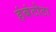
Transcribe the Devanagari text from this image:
हंबंटोटा